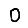
Digit: 0